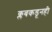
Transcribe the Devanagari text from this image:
क्लबकडूनही